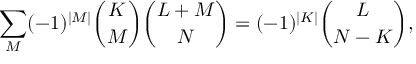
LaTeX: \sum _ { M } ( - 1 ) ^ { | M | } { \binom { K } { M } } { \binom { L + M } { N } } = ( - 1 ) ^ { | K | } { \binom { L } { N - K } } ,